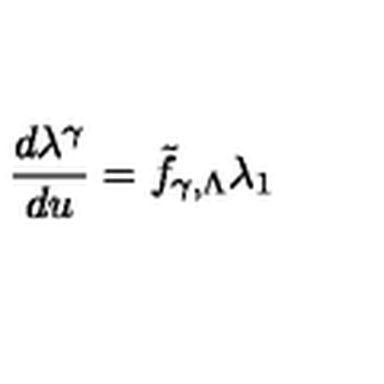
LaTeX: \frac { d \lambda ^ { \gamma } } { d u } = { \tilde { f } } _ { \gamma , \Lambda } \lambda _ { 1 }